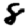
Digit: 8